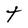
Character: t